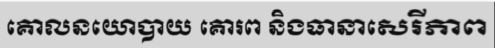
គោលនយោបាយ គោរព និងធានាសេរីភាព